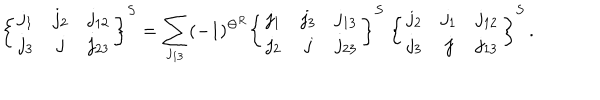
LaTeX: \left\{ \begin{array} { c c c } { { j _ { 1 } } } & { { j _ { 2 } } } & { { j _ { 1 2 } } } \\ { { j _ { 3 } } } & { { j } } & { { j _ { 2 3 } } } \\ \end{array} \right\} ^ { S } = \sum _ { j _ { 1 3 } } ( - 1 ) ^ { \Theta ^ { R } } \left\{ \begin{array} { c c c } { { j _ { 1 } } } & { { j _ { 3 } } } & { { j _ { 1 3 } } } \\ { { j _ { 2 } } } & { { j } } & { { j _ { 2 3 } } } \\ \end{array} \right\} ^ { S } ~ \left\{ \begin{array} { c c c } { { j _ { 2 } } } & { { j _ { 1 } } } & { { j _ { 1 2 } } } \\ { { j _ { 3 } } } & { { j } } & { { j _ { 1 3 } } } \\ \end{array} \right\} ^ { S } \, .